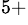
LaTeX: ^{5+}